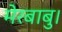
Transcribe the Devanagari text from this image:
मेरबाबु।